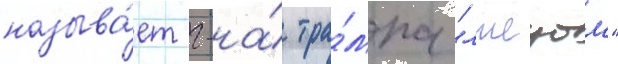
называ́ет г-на́ тра́мпа "лжецом"